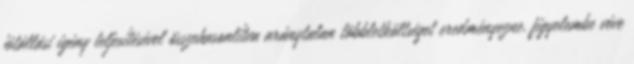
jótállási igény teljesítésével összehasonlítva aránytalan többletköltséget eredményezne, figyelembe véve